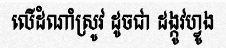
លើដំណាំស្រូវ ដូចជា ដង្កូវហ្វូង